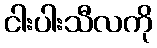
ငါးပါးသီလကို